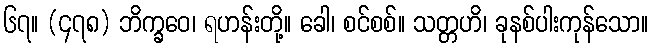
၆၇။ (၄၇၈) ဘိက္ခဝေ၊ ရဟန်းတို့။ ခေါ၊ စင်စစ်။ သတ္တဟိ၊ ခုနစ်ပါးကုန်သော။